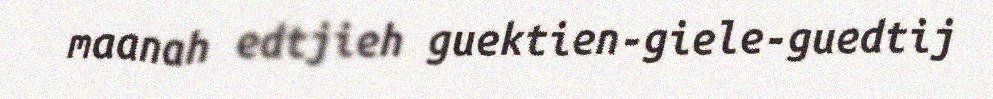
maanah edtjieh guektien-giele-guedtij